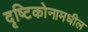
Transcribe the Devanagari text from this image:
दृष्टिकोनामधील